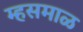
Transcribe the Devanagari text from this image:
म्हसमाळ